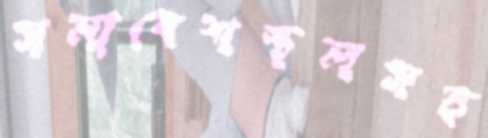
সমাবেশস্থলসহ